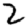
Digit: 2